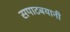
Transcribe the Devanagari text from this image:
सपाटबयानी